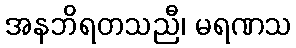
အနဘိရတသညီ၊ မရဏသ